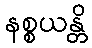
နစ္စယန္တိ